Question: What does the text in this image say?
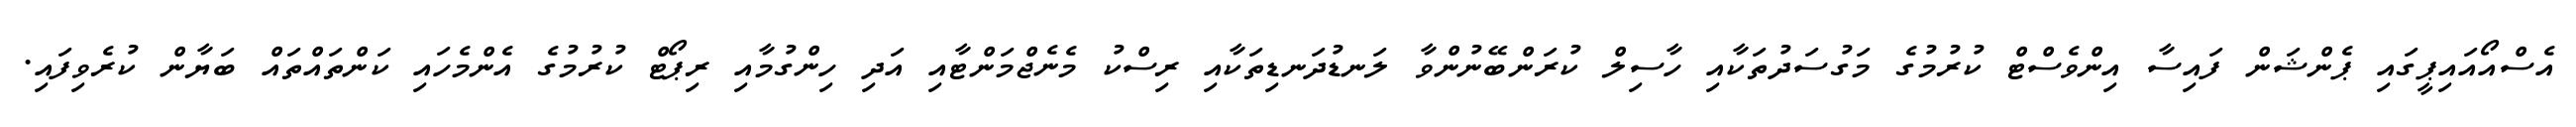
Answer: އެސްއޯއައިޕީގައި ޕެންޝަން ފައިސާ އިންވެސްޓް ކުރުމުގެ މަގުސަދުތަކާއި ހާސިލް ކުރަންބޭނުންވާ ލަނޑުދަނޑިތަކާއި ރިސްކު މެނެޖްމަންޓާއި އަދި ހިންގުމާއި ރިޕޯޓް ކުރުމުގެ އެންމެހައި ކަންތައްތައް ބަޔާން ކުރެވިފައި.